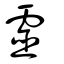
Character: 霛